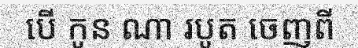
បើ កូន ណា របូត ចេញពី